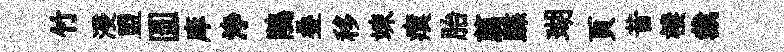
竹浸盟圆庠浄鵑叠移竦瘼胎翦蹀瑚頁昔棲裁